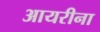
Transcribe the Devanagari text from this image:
आयरीना